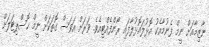
ނާޒިމާއަށް ނީމް ފެނުމާއެކު އޮޅުލައޮޅުލާފައި ރޯންފެއްޓިއެވެ. ވަރަށް އަވަސް ގޮތަކަށް ނީމް ހޮސްޕިޓަލަށް